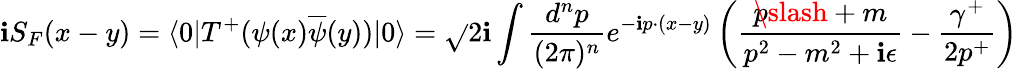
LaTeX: \mathbf{i}S_{F}(x-y)=\langle0|T^{+}(\psi(x)\overline{{{{\psi}}}}(y))|0\rangle=\sqrt{}{{2}}\mathbf{i}\int\frac{{d^{n}p}}{{(2\pi)^{n}}}e^{-\mathbf{i}p\cdot(x-y)}\left(\frac{{p\! \! \! \slash+m}}{{p^{2}-m^{2}+\mathbf{i}\epsilon}}-\frac{{\gamma^{+}}}{{2p^{+}}}\right)